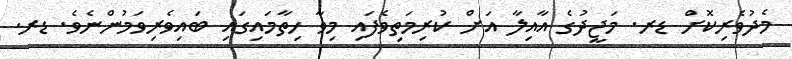
މެދުވެރިކޮށް ޑރ. މަޖީދުގެ އާއިލާ އަށް ކުރިމަތިވެފައި މިވާ ހިތާމައިގައި ބައިވެރިވަމުންނެވެ. ޑރ.